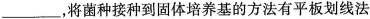
___，将菌种接种到固体培养基的方法有平板划线法